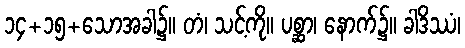
၁၄+၁၅+သောအခါ၌။ တံ၊ သင့်ကို။ ပစ္ဆာ၊ နောက်၌။ ခါဒိဿံ၊